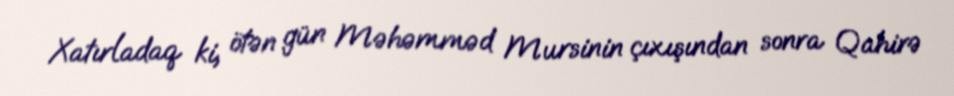
Xatırladaq ki, ötən gün Məhəmməd Mursinin çıxışından sonra Qahirə